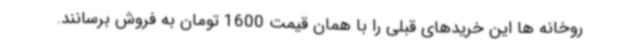
روخانه ها این خریدهای قبلی را با همان قیمت 1600 تومان به فروش برسانند.